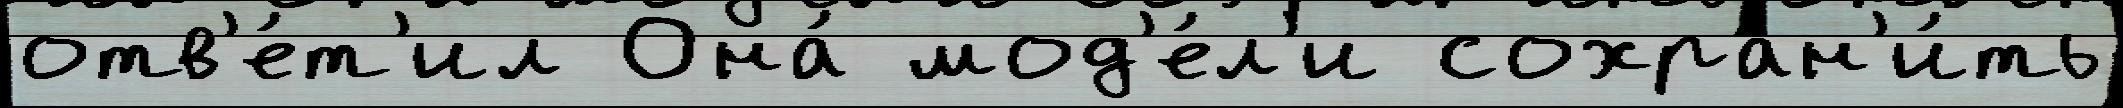
отв'е́т'ил Она́ мод'е́л'и сохран'и́ть